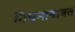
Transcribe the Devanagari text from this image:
निधनाबाबत